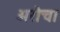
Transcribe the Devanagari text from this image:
अरोचा